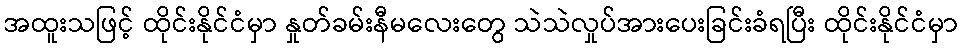
အထူးသဖြင့် ထိုင်းနိုင်ငံမှာ နှုတ်ခမ်းနီမလေးတွေ သဲသဲလှုပ်အားပေးခြင်းခံရပြီး ထိုင်းနိုင်ငံမှာ